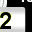
Digit: 2